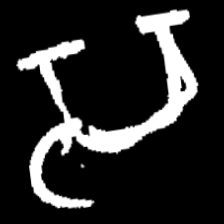
Pyu character \u2014 Myanmar letter: သ (romanized: sa)